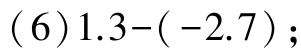
\((6)1.3-(-2.7);\)